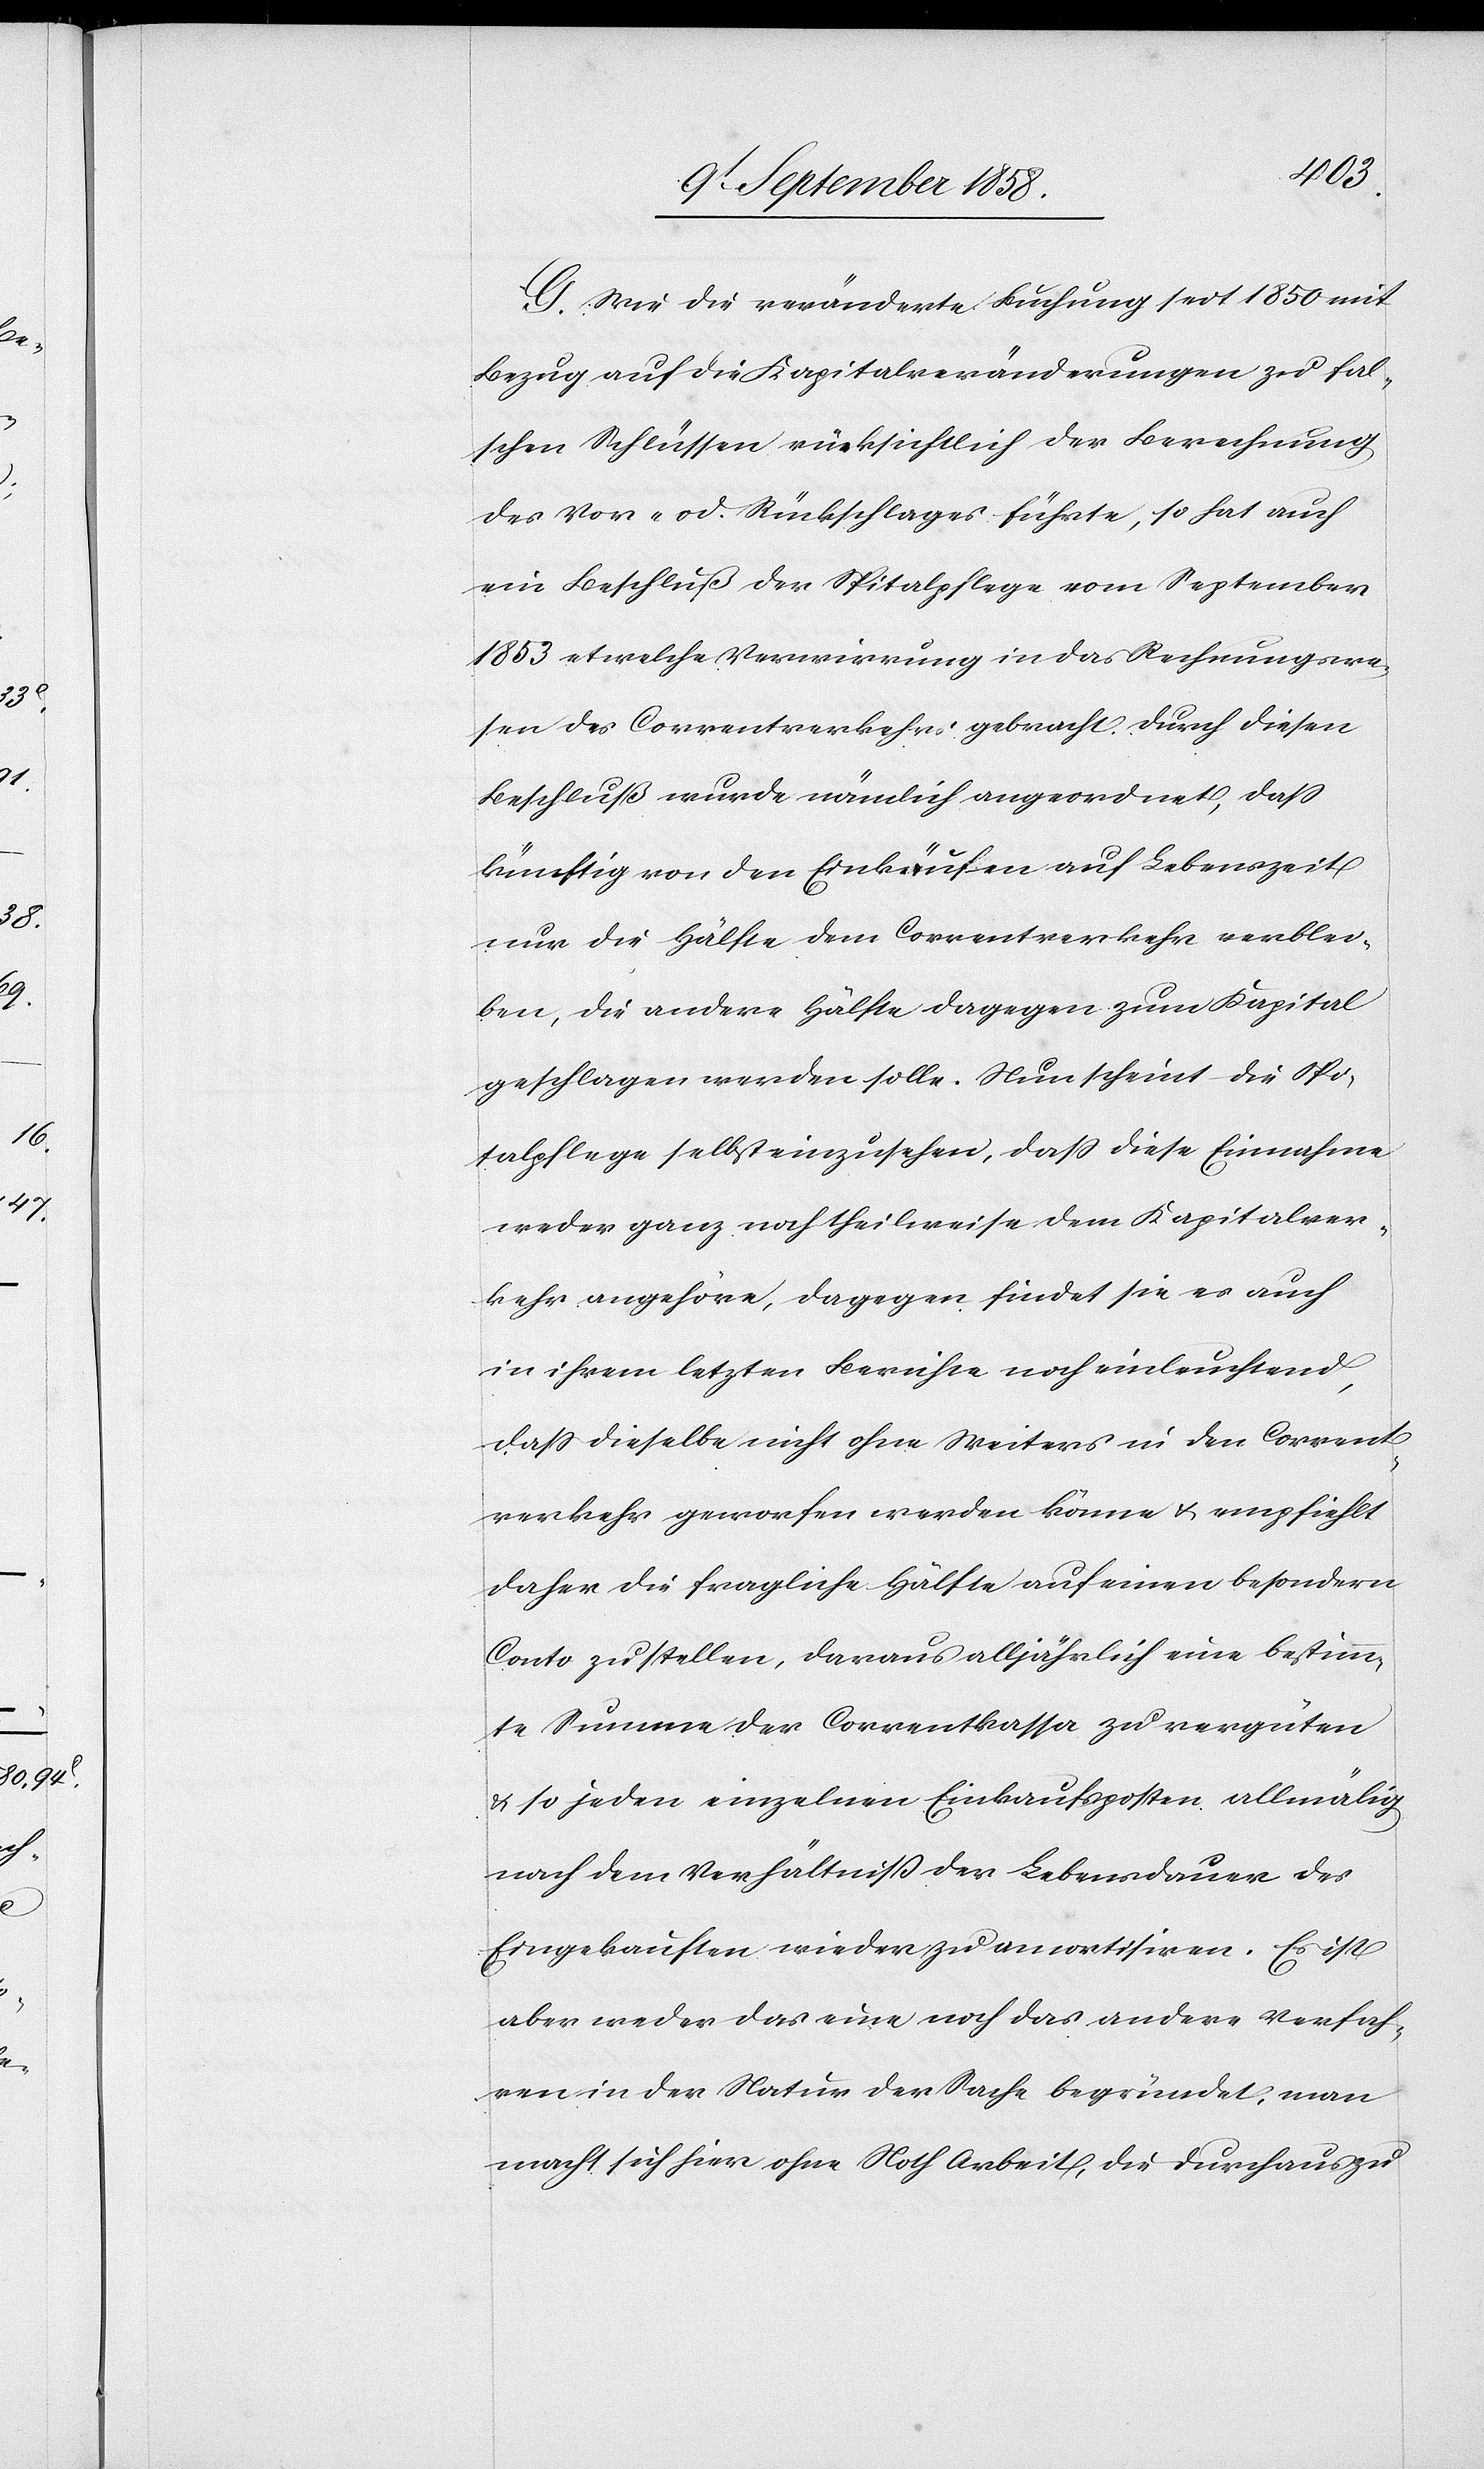
G. Wie die veränderte Buchung seit 1850 mit
Bezug auf die Kapitalveränderungen zu fal¬
schen Schlüssen rücksichtlich der Berechnung
des Vor- od. Rückschlages führte, so hat auch
ein Beschluß der Spitalpflege vom September
1853 etwelche Verwirrung in das Rechnungswe¬
sen des Correntverkehrs gebracht. Durch diesen
Beschluß wurde nämlich angeordnet, dass
künftig von den Einkäufen auf Lebenszeit
nur die Hälfte dem Correntverkehr verblei¬
ben, die andere Hälfte dagegen zum Kapital
geschlagen werden solle. Nun scheint die Spi¬
talpflege selbst einzusehen, dass diese Einnahme
weder ganz noch theilweise dem Kapitalver¬
kehr angehöre, dagegen findet sie es auch
in ihrem letzten Berichte noch einleuchtend,
dass dieselbe nicht ohne Weiters in den Corrent¬
verkehr geworfen werden könne & empfiehlt
daher die fragliche Hälfte auf einen besondern
Conto zu stellen, daraus alljährlich eine bestimm¬
te Summe der Correntkassa zu vergüten
& so jeden einzelnen Einkaufsposten allmälig
nach dem Verhältniß der Lebensdauer des
Eingekauften wieder zu amortisiren. Es ist
aber weder das eine noch das andere Verfah¬
ren in der Natur der Sache begründet, man
macht sich hier ohne Noth Arbeit, die durchaus zu